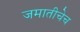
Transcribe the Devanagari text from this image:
जमातीचेच